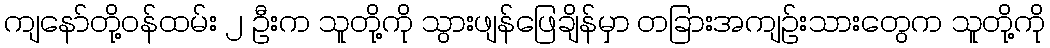
ကျနော်တို့ဝန်ထမ်း ၂ ဦးက သူတို့ကို သွားဖျန်ဖြေချိန်မှာ တခြားအကျဉ်းသားတွေက သူတို့ကို